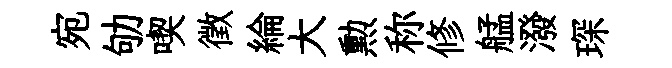
宛劬喫徵綸大勲称修艋潑琛